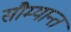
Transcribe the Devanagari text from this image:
सौम्यान्त